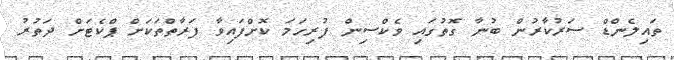
ތައިލެންޑް ސަރުކާރުން ބުނާ ގޮތުގައި ވެކްސިން ފުރިހަމަ ކޮށްފައިވާ ފަރާތްތަކަށް ޕްކެޓަށް ދަތުރު